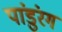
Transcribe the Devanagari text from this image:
पांडुंरग